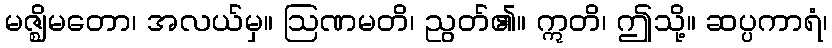
မဇ္ဈိမတော၊ အလယ်မှ။ ဩဏမတိ၊ ညွတ်၏။ ဣတိ၊ ဤသို့။ ဆပ္ပကာရံ၊